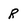
Character: R